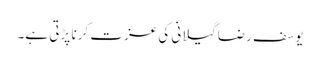
یوسف رضا گیلانی کی عزت کرنا پڑتی ہے۔